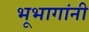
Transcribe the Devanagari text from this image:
भूभागांनी